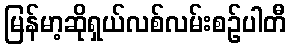
မြန်မာ့ဆိုရှယ်လစ်လမ်းစဉ်ပါတီ